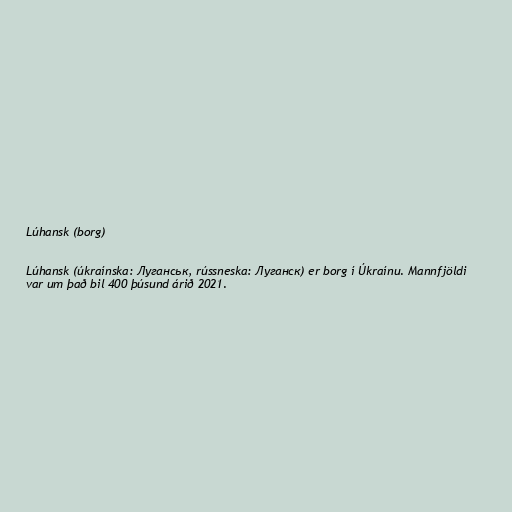
Lúhansk (borg)

Lúhansk (úkraínska: Луганськ, rússneska: Луганск) er borg í Úkraínu. Mannfjöldi
var um það bil 400 þúsund árið 2021.